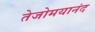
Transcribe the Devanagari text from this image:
तेजोमयानंद